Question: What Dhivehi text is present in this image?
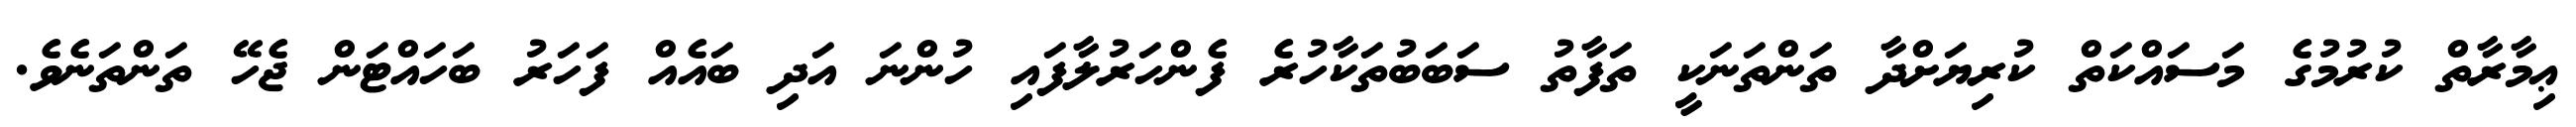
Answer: ޢިމާރާތް ކުރުމުގެ މަސައްކަތް ކުރިޔަށްދާ ތަންތަނަކީ ތަފާތު ސަބަބުތަކާހުރެ ފެންހަރުލާފައި ހުންނަ އަދި ބައެއް ފަހަރު ބަހައްޓަން ޖެހޭ ތަންތަނެވެ.